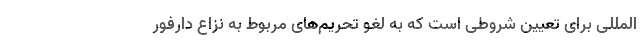
المللی برای تعیین شروطی است که به لغو تحریم‌های مربوط به نزاع دارفور